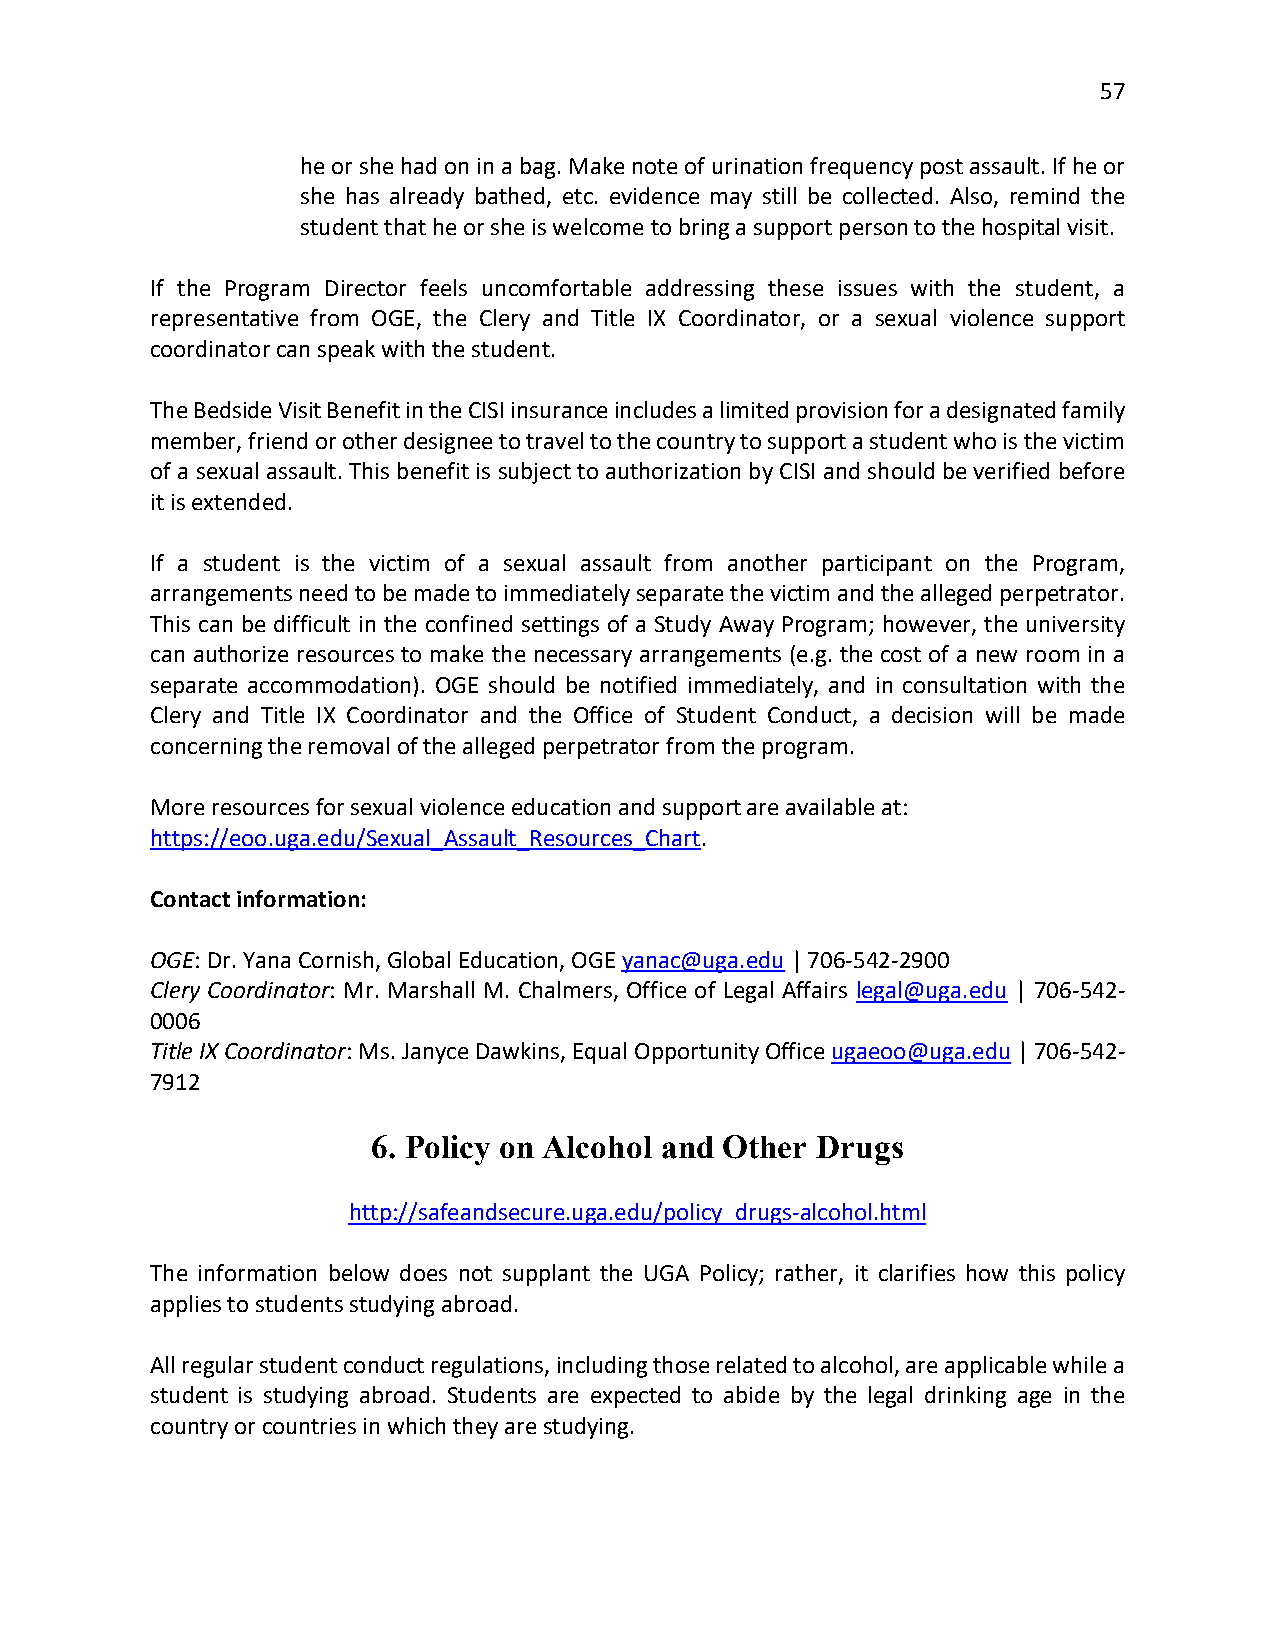
57
 he or she had on in a bag. Make note of urination frequency post assault. If he or
 she has already bathed, etc. evidence may still be collected. Also, remind the
 student that he or she is welcome to bring a support person to the hospital visit.
 If the Program Director feels uncomfortable addressing these issues with the student, a
 representative from OGE, the Clery and Title IX Coordinator, or a sexual violence support
 coordinator can speak with the student.
 The Bedside Visit Benefit in the CISI insurance includes a limited provision for a designated family
 member, friend or other designee to travel to the country to support a student who is the victim
 of a sexual assault. This benefit is subject to authorization by CISI and should be verified before
 it is extended.
 If a student is the victim of a sexual assault from another participant on the Program,
 arrangements need to be made to immediately separate the victim and the alleged perpetrator.
 This can be difficult in the confined settings of a Study Away Program; however, the university
 can authorize resources to make the necessary arrangements (e.g. the cost of a new room in a
 separate accommodation). OGE should be notified immediately, and in consultation with the
 Clery and Title IX Coordinator and the Office of Student Conduct, a decision will be made
 concerning the removal of the alleged perpetrator from the program.
 More resources for sexual violence education and support are available at:
 https://eoo.uga.edu/Sexual_Assault_Resources_Chart.
 Contact information:
 OGE: Dr. Yana Cornish, Global Education, OGE yanac@uga.edu | 706-542-2900
 Clery Coordinator: Mr. Marshall M. Chalmers, Office of Legal Affairs legal@uga.edu | 706-542-
 0006
 Title IX Coordinator: Ms. Janyce Dawkins, Equal Opportunity Office ugaeoo@uga.edu | 706-542-
 7912
 6. Policy on Alcohol and Other Drugs
 http://safeandsecure.uga.edu/policy_drugs-alcohol.html
 The information below does not supplant the UGA Policy; rather, it clarifies how this policy
 applies to students studying abroad.
 All regular student conduct regulations, including those related to alcohol, are applicable while a
 student is studying abroad. Students are expected to abide by the legal drinking age in the
 country or countries in which they are studying.